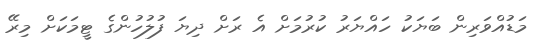
މަޑުއްވަރިން ބަޔަކު ހައްޔަރު ކުރުމަށް އެ ރަށް ދިޔަ ފުލުހުންގެ ޓީމަކަށް މިރޭ